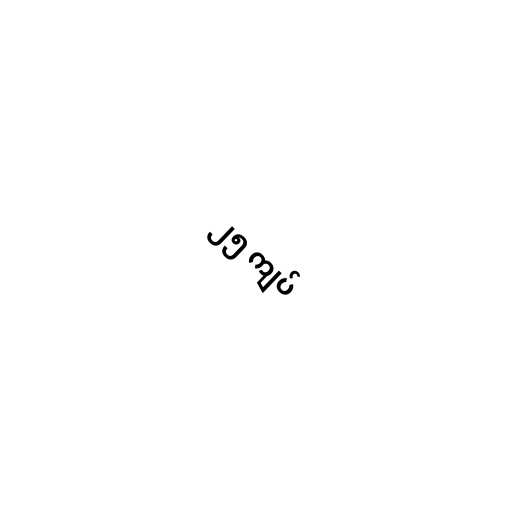
၂၅ ကျပ်